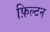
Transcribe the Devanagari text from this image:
फ़िल्टन